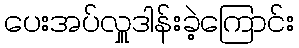
ပေးအပ်လှူဒါန်းခဲ့ကြောင်း